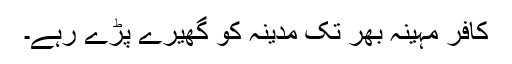
کافر مہینہ بھر تک مدینہ کو گھیرے پڑے رہے۔